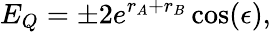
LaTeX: E_{Q}=\pm 2e^{r_{A}+r_{B}}\cos(\epsilon),